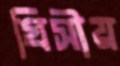
গ্রিসীয়